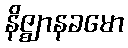
နိဇ္ဈာနခမော